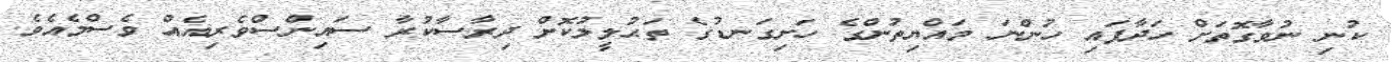
ކުނި ނުވާގޮތަށް ހަދާފައި ހުންނަ މައްޔިތުންގެ ހަށިގަނޑުގެ ތަޙުލީލުކޮށް ދިރާސާކުރާ ސައިންސްވެރިއެއް ވެސްމެއެވެ.